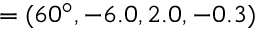
= ( 6 0 ^ { \circ } , - 6 . 0 , 2 . 0 , - 0 . 3 )